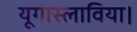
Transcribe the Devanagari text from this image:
यूगास्लाविया।